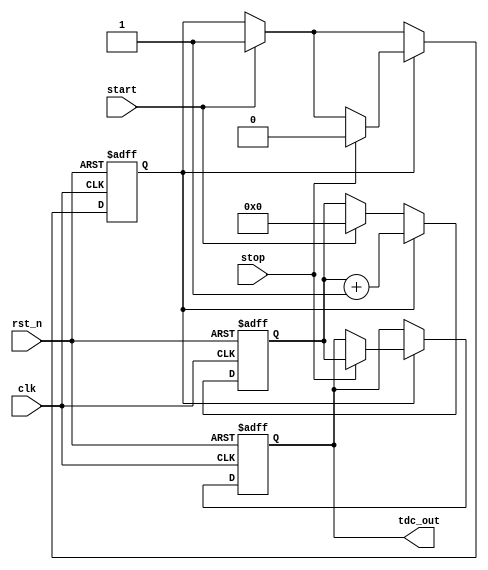
module tdc (
    input wire clk,             // System clock
    input wire rst_n,           // Active-low reset
    input wire start,           // Start signal
    input wire stop,            // Stop signal
    output reg [N-1:0] tdc_out  // Output digital value representing the time interval
);

parameter N = 8;              // Number of delay stages
parameter DELAY_TIME = 10;    // Time delay for each stage (in some time unit, e.g., nanoseconds)

// Delay line defined as an array of flip-flops (or any similar delay element)
reg [N-1:0] delay_line;
reg [N-1:0] latch_start; // Latch to capture the start signal
reg counting;            // Counting flag for the TDC counter
reg [N-1:0] count;       // Counter to count the delay stages activated

// Delay line logic
always @(posedge clk or negedge rst_n) begin
    if (!rst_n) begin
        delay_line <= {N{1'b0}};  // Reset delay line
    end else begin
        delay_line <= {delay_line[N-2:0], stop}; // Shift in stop signal
    end
end

// Sampling mechanism for start signal
always @(posedge clk or negedge rst_n) begin
    if (!rst_n) begin
        latch_start <= {N{1'b0}};
        counting <= 1'b0;
        count <= 0;
        tdc_out <= 0;
    end else begin
        if (start) begin
            latch_start <= delay_line; // Capture the delay line state on start signal
            counting <= 1'b1;           // Start counting
            count <= 0;                 // Reset counter
        end
        
        if (counting) begin
            // Count the delay elements activated after start
            count <= count + 1; // Increment count
            if (stop) begin
                counting <= 1'b0; // Stop counting
                tdc_out <= count; // Latch count to output register
            end
        end
    end
end

endmodule